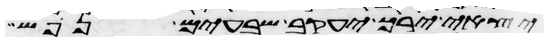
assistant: יצאי ירך יעקב שבעים נפש